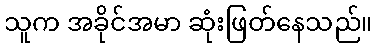
သူက အခိုင်အမာ ဆုံးဖြတ်နေသည်။